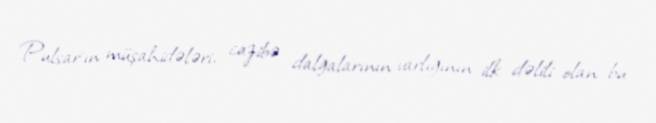
Pulsar'ın müşahidələri, cazibə dalğalarının varlığının ilk dəlili olan bu